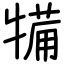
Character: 犕